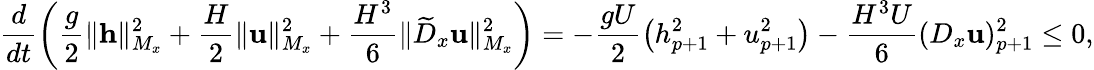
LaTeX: \frac{d}{dt}\left(\frac{g}{2}\| \mathbf{h}\| _{M_{x}}^{2}+\frac{H}{2}\| \mathbf{u}\| _{M_{x}}^{2}+\frac{H^{3}}{6}\| \widetilde{D}_{x}\mathbf{u}\| _{M_{x}}^{2}\right)=-\frac{gU}{2}\left(h_{p+1}^{2}+u_{p+1}^{2}\right)-\frac{H^{3}U}{6}(D_{x}\mathbf{u})_{p+1}^{2}\le 0,